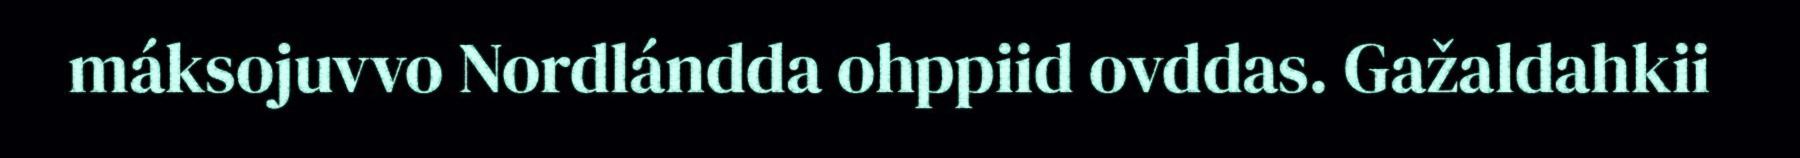
máksojuvvo Nordlándda ohppiid ovddas. Gažaldahkii